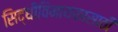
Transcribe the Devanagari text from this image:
सिद्धीविनायकासाठी